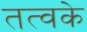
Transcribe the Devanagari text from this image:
तत्वके